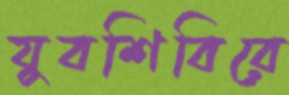
যুবশিবিরে